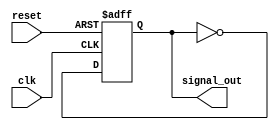
module delay_example (
    input wire clk,         // Clock input
    input wire reset,       // Reset input
    output reg signal_out   // Output signal
);

    // Initial block to set the initial state of the output signal
    initial begin
        signal_out = 0;     // Initialize output signal to 0
    end

    // Always block triggered on the rising edge of the clock or reset
    always @(posedge clk or posedge reset) begin
        if (reset) begin
            signal_out <= 0; // Reset output signal to 0
        end else begin
            // Introduce a delay of 10 time units before changing the output signal
            #10 signal_out <= ~signal_out; // Toggle the output signal after a delay
        end
    end

endmodule